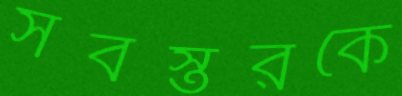
সর্বস্তরকে